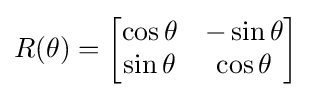
R(\theta )={\begin{bmatrix}\cos \theta &-\sin \theta \\\sin \theta &\cos \theta \\\end{bmatrix}}